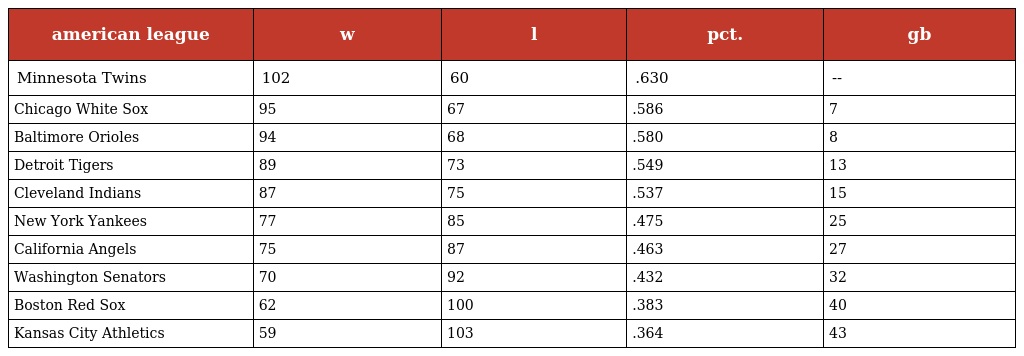
| american league | w | l | pct. | gb |
 | --- | --- | --- | --- | --- |
 | Minnesota Twins | 102 | 60 | .630 | -- |
 | Chicago White Sox | 95 | 67 | .586 | 7 |
 | Baltimore Orioles | 94 | 68 | .580 | 8 |
 | Detroit Tigers | 89 | 73 | .549 | 13 |
 | Cleveland Indians | 87 | 75 | .537 | 15 |
 | New York Yankees | 77 | 85 | .475 | 25 |
 | California Angels | 75 | 87 | .463 | 27 |
 | Washington Senators | 70 | 92 | .432 | 32 |
 | Boston Red Sox | 62 | 100 | .383 | 40 |
 | Kansas City Athletics | 59 | 103 | .364 | 43 |